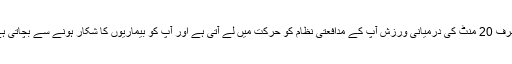
صرف 20 منٹ کی درمیانی ورزش آپ کے مدافعتی نظام کو حرکت میں لے آتی ہے اور آپ کو بیماریوں کا شکار ہونے سے بچاتی ہے۔